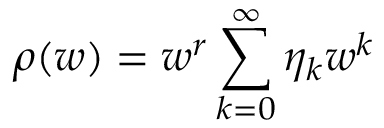
\rho ( w ) = w ^ { r } \sum _ { k = 0 } ^ { \infty } \eta _ { k } w ^ { k }